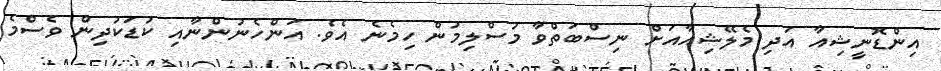
އިންޑޮނީޝިއާ އަދި މެލޭޝިއާއަށް ނިސްބަތްވާ މުސްލިމުން ހިމެނެ އެވެ. އަންހެނުންނާއި ކުޑަކުދިން ވެސްމެ